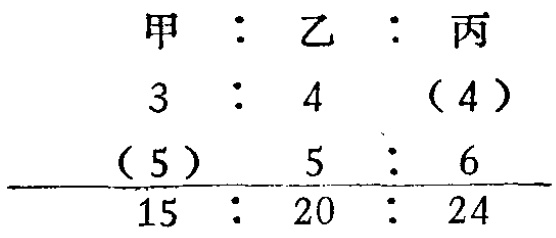
\[

\begin{array}{ccc}

甲 & : & 乙 & : & 丙\\

3 & : & 4 & (4)\\

(5) & & 5 & : & 6\\

\hline

15 & : & 20 & : & 24

\end{array}

\]